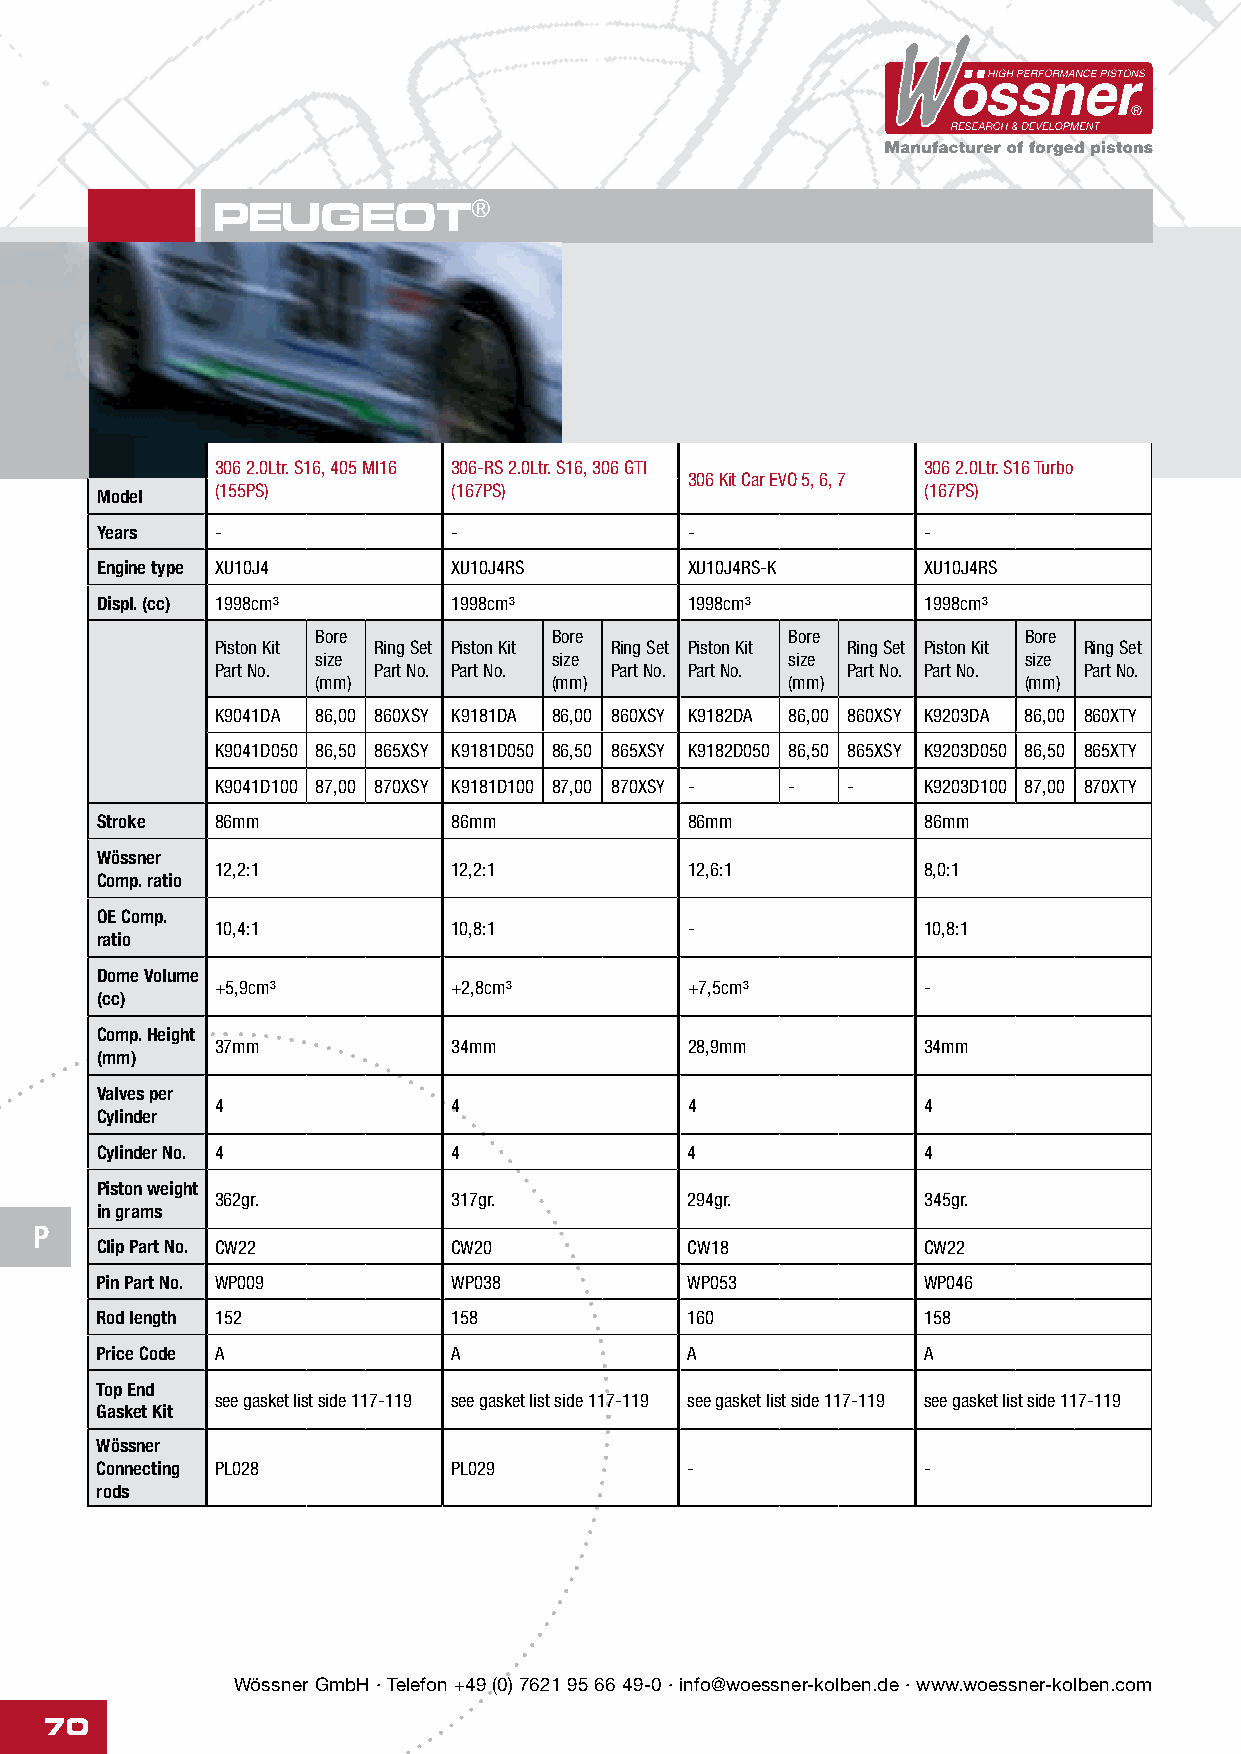
PEUGEOT®
 306 2.0Ltr. S16, 405 MI16 306-RS 2.0Ltr. S16, 306 GTI 306 2.0Ltr. S16 Turbo
 306 Kit Car EVO 5, 6, 7
 (155PS)         (167PS)                        (167PS)
 Model
 Years   -               -               -              -
 Engine type XU10J4      XU10J4RS        XU10J4RS-K     XU10J4RS
 Displ. (cc) 1998cm³     1998cm³        1998cm³         1998cm³
 Bore            Bore           Bore            Bore
 Piston Kit Ring Set Piston Kit Ring Set Piston Kit Ring Set Piston Kit Ring Set
 size            size           size            size
 Part No.   Part No. Part No. Part No. Part No. Part No. Part No. Part No.
 (mm)            (mm)           (mm)            (mm)
 K9041DA 86,00 860XSY K9181DA 86,00 860XSY K9182DA 86,00 860XSY K9203DA 86,00 860XTY
 K9041D050 86,50 865XSY K9181D050 86,50 865XSY K9182D050 86,50 865XSY K9203D050 86,50 865XTY
 K9041D100 87,00 870XSY K9181D100 87,00 870XSY - - - K9203D100 87,00 870XTY
 Stroke  86mm            86mm           86mm            86mm
 Wössner
 12,2:1          12,2:1         12,6:1          8,0:1
 Comp. ratio
 OE Comp.
 10,4:1          10,8:1         -               10,8:1
 ratio
 Dome Volume
 +5,9cm³         +2,8cm³        +7,5cm³         -
 (cc)
 Comp. Height
 37mm            34mm           28,9mm          34mm
 (mm)
 Valves per
 4               4              4               4
 Cylinder
 Cylinder No. 4          4              4               4
 Piston weight
 362gr.          317gr.         294gr.          345gr.
 in grams
 P
 Clip Part No. CW22      CW20           CW18            CW22
 Pin Part No. WP009      WP038          WP053           WP046
 Rod length 152          158            160             158
 Price Code A            A              A               A
 Top End
 see gasket list side 117-119 see gasket list side 117-119 see gasket list side 117-119 see gasket list side 117-119
 Gasket Kit
 Wössner
 Connecting PL028        PL029          -               -
 rods
 Wössner GmbH · Telefon +49 (0) 7621 95 66 49-0 · info@woessner-kolben.de · www.woessner-kolben.com
 70